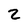
Character: 2